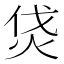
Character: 𤇰